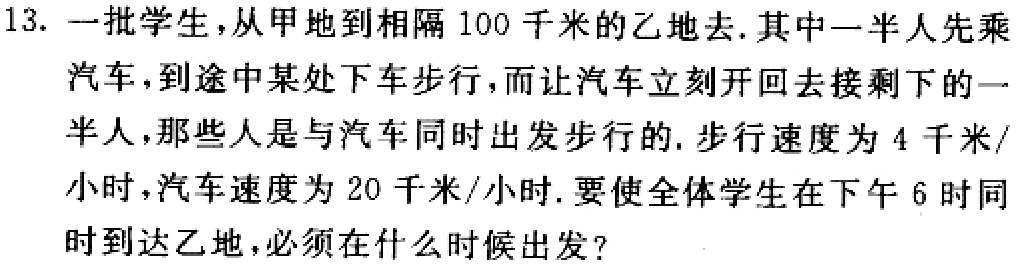
13. 一批学生，从甲地到相隔 100 千米的乙地去. 其中一半人先乘汽车，到途中某处下车步行，而让汽车立刻开回去接剩下的一半人，那些人是与汽车同时出发步行的. 步行速度为 4 千米/小时，汽车速度为 20 千米/小时. 要使全体学生在下午 6 时同时到达乙地，必须在什么时候出发？